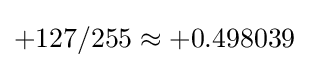
+127/255\approx +0.498039